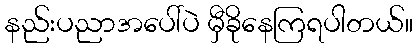
နည်းပညာအပေါ်ပဲ မှီခိုနေကြရပါတယ်။